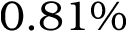
0 . 8 1 \%